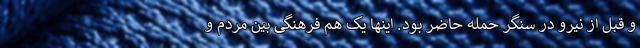
و قبل از نیرو در سنگر حمله حاضر بود. اینها یک هم فرهنگی بین مردم و